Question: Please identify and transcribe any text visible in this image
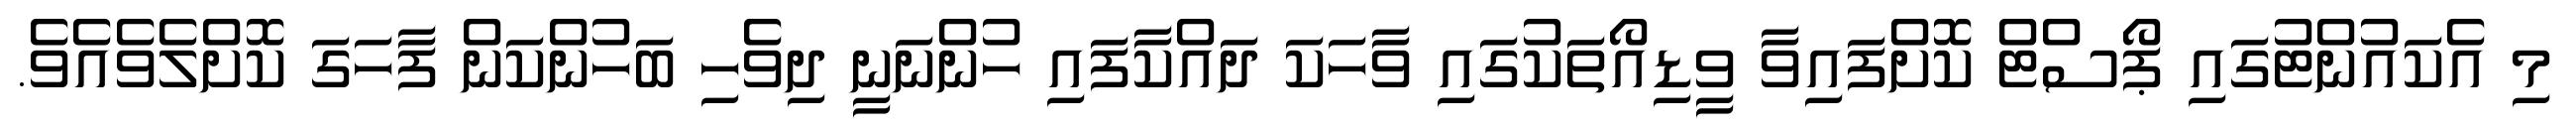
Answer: މި އެކައުންޓުގައި ޕޯސްޓް ކޮށްފައިވާ ވީޑިއޯތަކުގައި ވާހަކަ ދައްކާފައި ހުންނަނީ ދިވެހި ބަހުންކަން ފާހަގަ ކޮށްލެވެއެވެ.